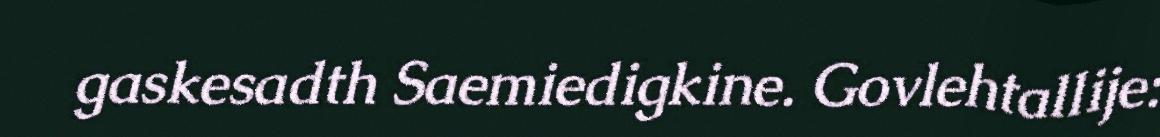
gaskesadth Saemiedigkine. Govlehtallije: